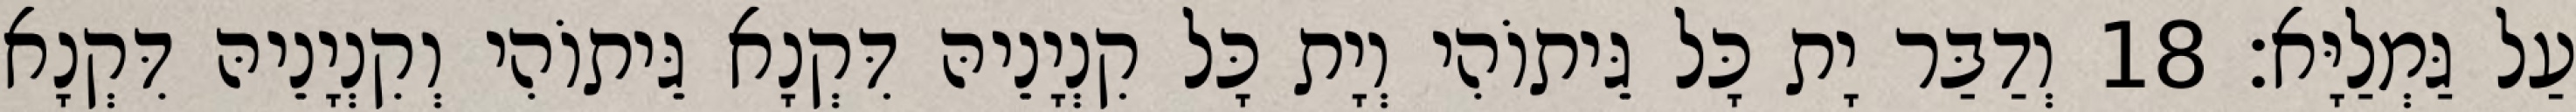
עַל גַּמְלַיָּא׃ 18 וְדַבַּר יָת כָּל גֵּיתוֹהִי וְיָת כָּל קִנְיָנֵיהּ דִּקְנָא גֵּיתוֹהִי וְקִנְיָנֵיהּ דִּקְנָא